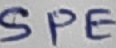
Text: SPE